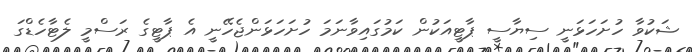
ޝަކުވާ ހުށަހަޅަނީ ސިޔާސީ ޕާޓީއަކުން ކަމުގައިވާނަމަ ހުށަހަޅަންޖެހޭނީ އެ ޕާޓީގެ ރަސްމީ ލެޓާހެޑްގަ